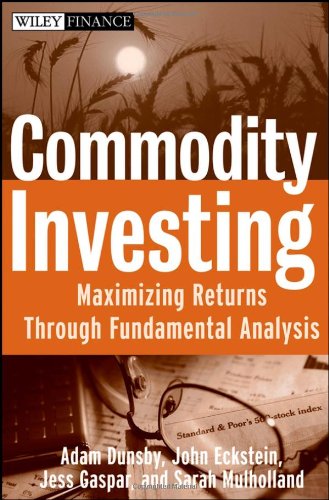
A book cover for Commodity Investing: Maximizing Returns Through Fundamental Analysis; Adam Dunsby; Business & Money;